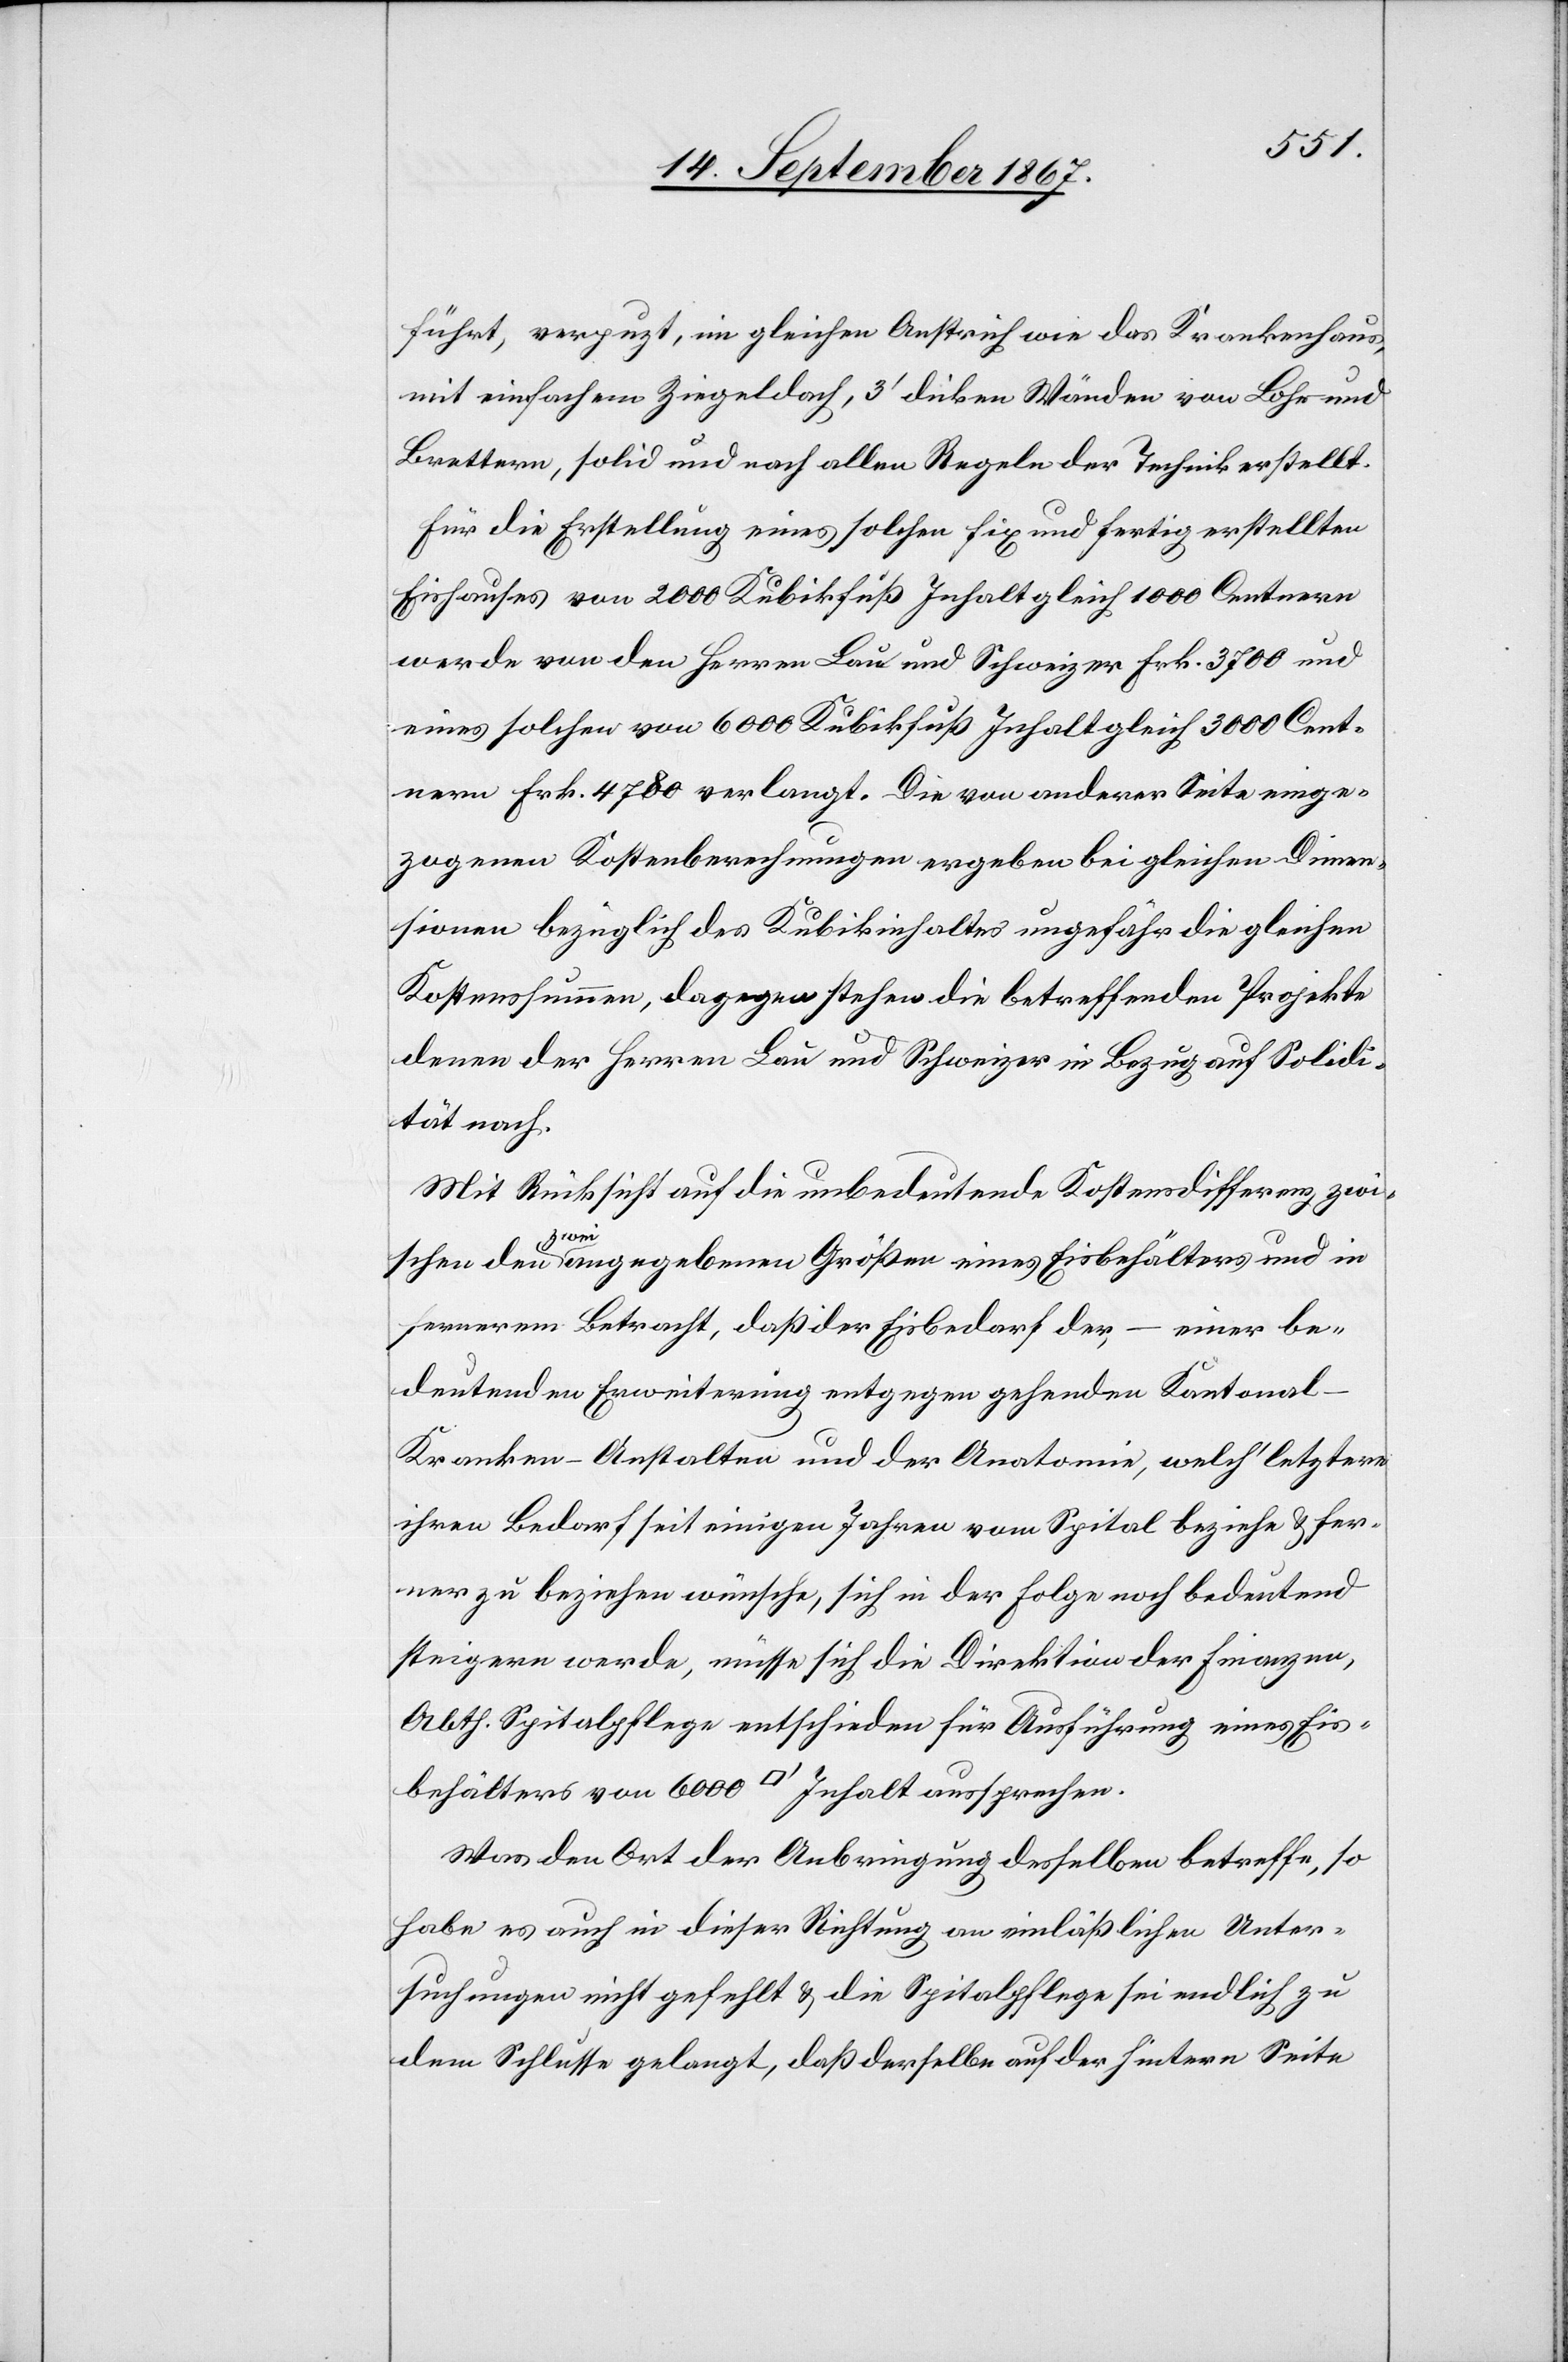
führt, verpuzt, im gleichen Anstrich wie das Krankenhaus,
mit einfachem Ziegeldach, 3‘ dicken Wänden von Lohe und
Brettern, solid und nach allen Regeln der Technik erstellt.
Für die Erstellung eines solchen fix und fertig erstellten
Eishauses von 2000 Kubikfuß Inhalt gleich 1000 Centnern
werden von den Herren Lau und Schweizer Frk. 3700 und
eines solchen von 6000 Kubikfuß Inhalt gleich 3000 Cent¬
nern Frk. 4780 verlangt. Die von anderer Seite einge¬
zogenen Kostenberechnungen ergeben bei gleichen Dimen¬
sionen bezüglich des Kubikinhaltes ungefähr die gleichen
Kostensummen, dagegen stehen die betreffenden Projekte
denen der Herren Lau und Schweizer in Bezug auf Solidi¬
tät nach.
Mit Rücksicht auf die unbedeutende Kostensdifferenz zwi¬
schen den zwei angegebenen Größen eines Eisbehälters und in
fernerem Betracht, daß der Eisbedarf der, – einer be¬
deutenden Erweiterung entgegen gehenden Kantonal-K¬
ranken-Anstalten und der Anatomie, welch‘ letztere
ihren Bedarf seit einigen Jahren vom Spital beziehe u. fer¬
ner zu beziehen wünsche, sich in der Folge noch bedeutend
steigern werde, müsse sich die Direktion der Finanzen,
Abth. Spitalpflege entschieden für Ausführung eines Eis¬
behälters von 6000 [Kubikfuß] Inhalt aussprechen.
Was den Ort der Anbringung desselben betreffe, so
habe es auch in dieser Richtung an einläßlichen Unter¬
suchungen nicht gefehlt u. die Spitalpflege sei endlich zu
dem Schlusse gelangt, daß derselbe auf der hintern Seite